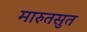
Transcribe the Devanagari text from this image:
मारुतसुत